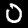
Label: 0